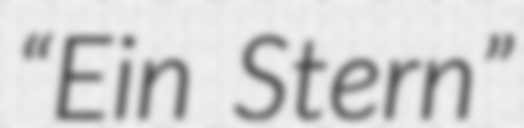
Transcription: “Ein Stern”